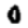
Digit: 0